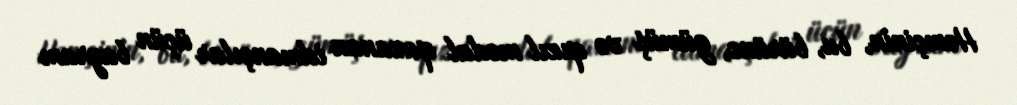
Həmçinin, bu, bürünc, gümüş və qızıl medal qazanan idmançılar üçün bayram